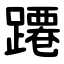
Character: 蹮